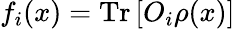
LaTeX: f_{i}(x)=\mathrm{Tr}\left[O_{i}\rho(x)\right]